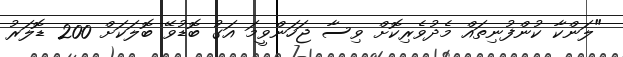
"ލަންކާ ކުންފުނިތައް މެދުވެރިކޮށް ވިސާ ޖަހަންވީމަ އަގު ބޮޑުވޭ ބޮލަކަށް 200 ޑޮލަރު